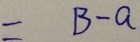
= B - a